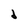
Character: d